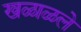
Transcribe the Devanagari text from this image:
खळाळले